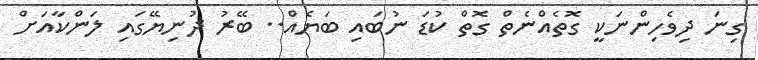
ގިނަ ދިވެހިންނަކީ ގޮތެއްނެތް ގޮތް ކުޑަ ނުބައި ބަޔެއް.. ބޭރު ދުނިޔޭގައި ލަންކާއަށް